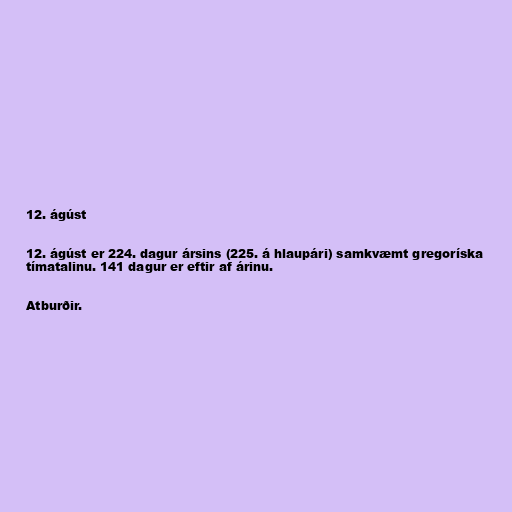
12. ágúst

12. ágúst er 224. dagur ársins (225. á hlaupári) samkvæmt gregoríska
tímatalinu. 141 dagur er eftir af árinu.

Atburðir.